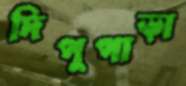
দিপুপাড়া